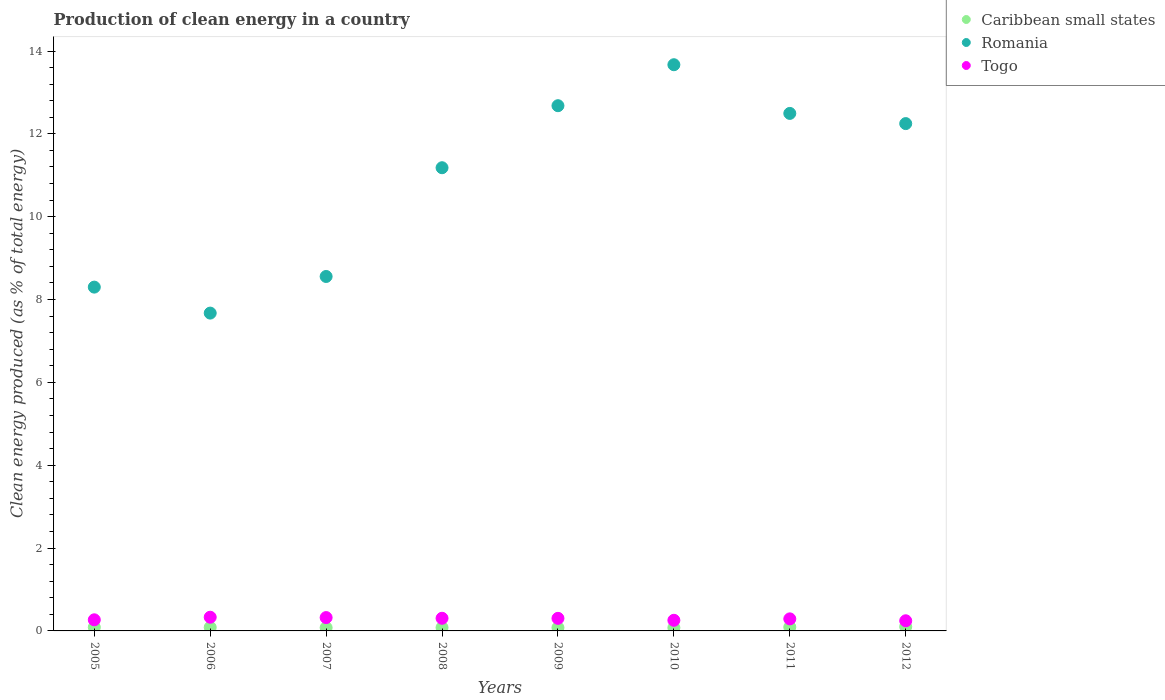
| Years | Caribbean small states | Romania | Togo |
 | --- | --- | --- | --- |
 | 2005 | 0.0876 | 8.3 | 0.268 |
 | 2006 | 0.0858 | 7.67 | 0.331 |
 | 2007 | 0.0782 | 8.56 | 0.322 |
 | 2008 | 0.0805 | 11.2 | 0.306 |
 | 2009 | 0.0785 | 12.7 | 0.304 |
 | 2010 | 0.0775 | 13.7 | 0.257 |
 | 2011 | 0.0925 | 12.5 | 0.291 |
 | 2012 | 0.101 | 12.2 | 0.245 |